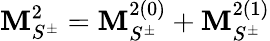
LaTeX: {\mathbf M}_{S^{\pm}}^{2}={\mathbf M}_{S^{\pm}}^{2(0)}+{\mathbf M}_{S^{\pm}}^{2(1)}